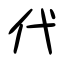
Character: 代